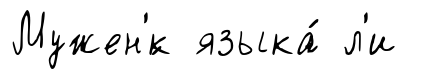
Мужен'́к языка́ л'и